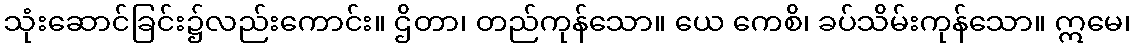
သုံးဆောင်ခြင်း၌လည်းကောင်း။ ဌိတာ၊ တည်ကုန်သော။ ယေ ကေစိ၊ ခပ်သိမ်းကုန်သော။ ဣမေ၊